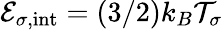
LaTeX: {\cal E}_{\sigma,\mathrm{int}}=(3/2)k_{B}{\cal T}_{\sigma}